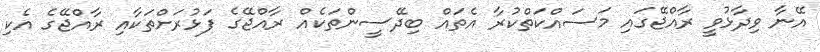
އޭނާ ވިދާޅުވީ ރާއްޖޭގައި މަސައްކަތްކުރާ އެތައް ބިދޭސީންތަކެއް ރާއްޖޭގެ ފަޅުރަށްތަކާއި ރާއްޖޭގެ އެކި